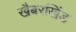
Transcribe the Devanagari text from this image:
खैबरखिंड